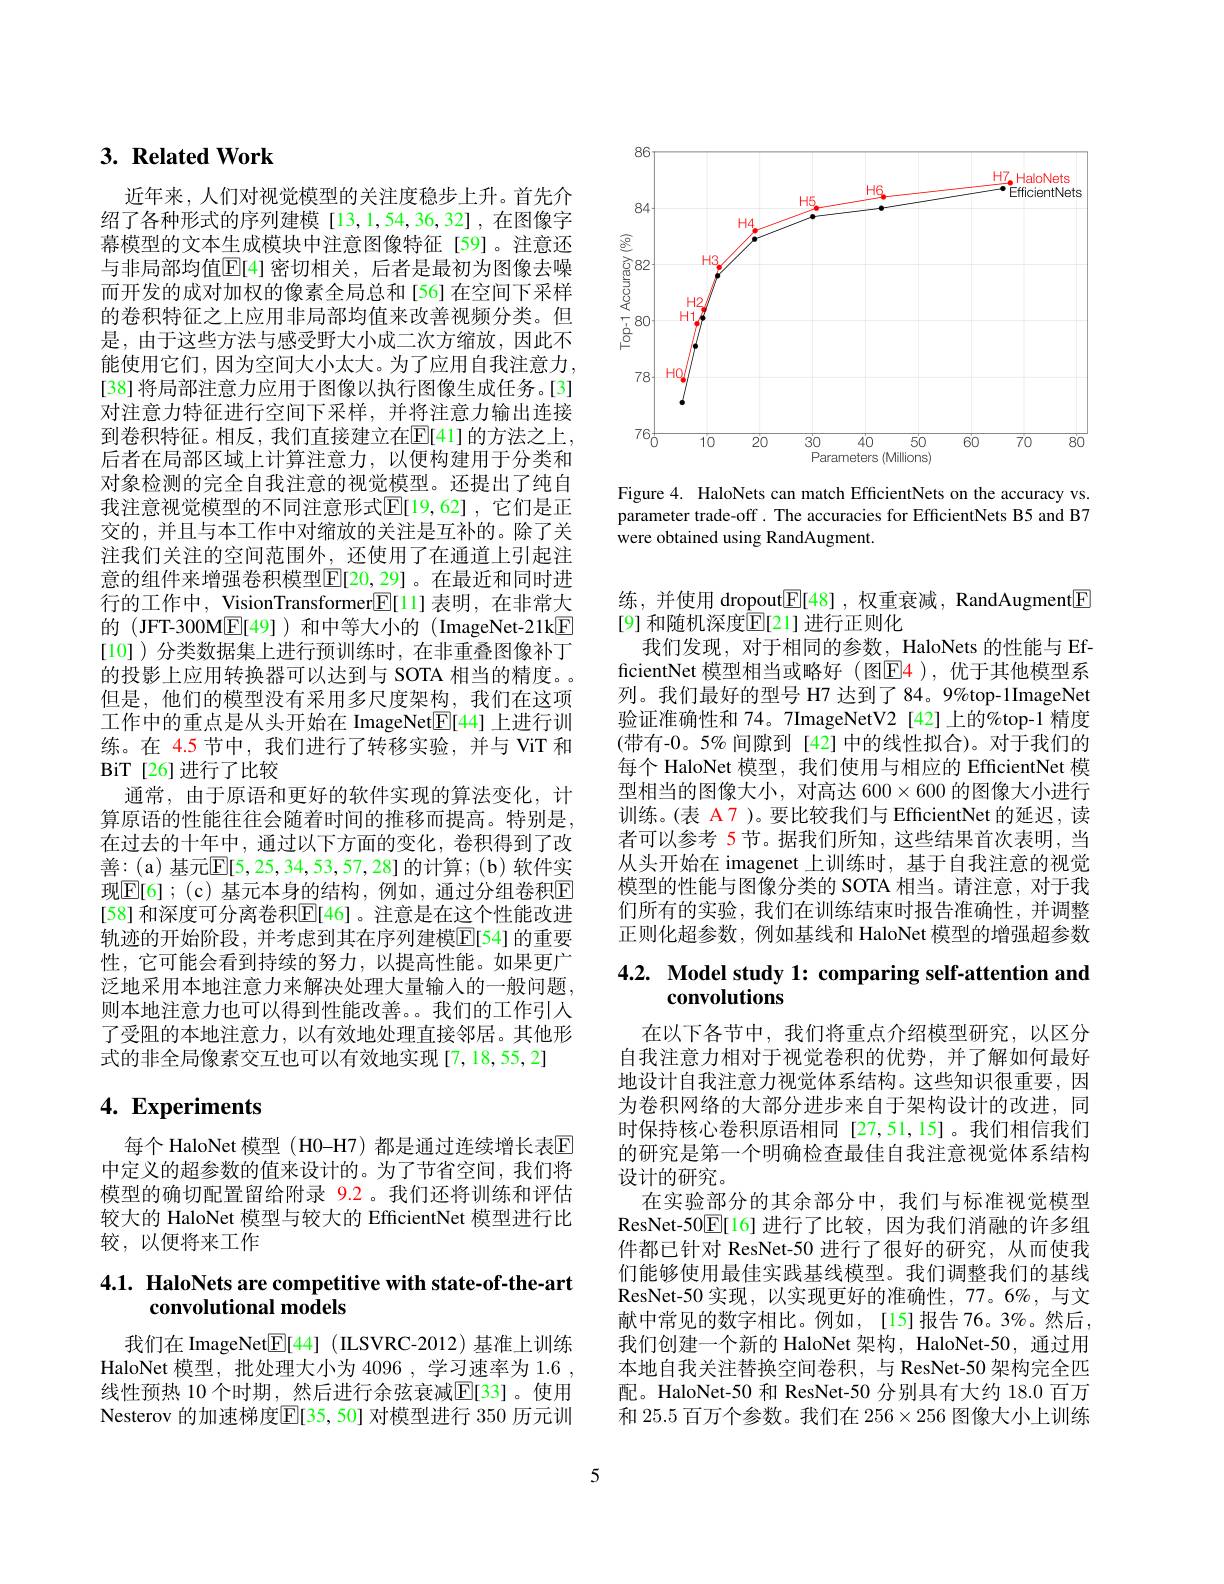
## $3. \textbf{Related Work}$

近年来，人们对视觉模型的关注度稳步上升。首先介绍了各种形式的序列建模[13,1,54,36,32],在图像字幕模型的文本生成模块中注意图像特征[59]。注意还与非局部均值$\mathbb{E}[4]$密切相关，后者是最初为图像去噪而开发的成对加权的像素全局总和[56]在空间下采样的卷积特征之上应用非局部均值来改善视频分类。但是，由于这些方法与感受野大小成二次方缩放，因此不能使用它们，因为空间大小太大。为了应用自我注意力， [38] 将局部注意力应用于图像以执行图像生成任务。[3] 对注意力特征进行空间下采样，并将注意力输出连接到卷积特征。相反，我们直接建立在$\operatorname{E[\text{41]的方法之上}}$, 后者在局部区域上计算注意力，以便构建用于分类和对象检测的完全自我注意的视觉模型。还提出了纯自我注意视觉模型的不同注意形式$\mathbb{E}[19,62]$ ,它们是正交的，并且与本工作中对缩放的关注是互补的。除了关注我们关注的空间范围外，还使用了在通道上引起注意的组件来增强卷积模型$\mathbb{E}[20,29]$。在最近和同时进行的工作中，VisionTransformer$\mathbb{E}[$11]表明，在非常大的(JFT-300M$\underline{\mathrm{E}}[49]$)和中等大小的(ImageNet-21k[F] [10] )分类数据集上进行预训练时，在非重叠图像补丁的投影上应用转换器可以达到与 SOTA 相当的精度。但是，他们的模型没有采用多尺度架构，我们在这项工作中的重点是从头开始在 ImageNet$\underline{\mathrm{E}}[44]$上进行训练。在 4.5 节中，我们进行了转移实验，并与 ViT 和BiT[26]进行了比较
通常，由于原语和更好的软件实现的算法变化，计算原语的性能往往会随着时间的推移而提高。特别是， 在过去的十年中，通过以下方面的变化，卷积得到了改善 : ( a) 基 元 $\mathbb{E} [ 5, 25, 34, 53, 57, 28]$的计算；(b)软件实现$\overline{\mathbb{E}}[6];(\mathfrak{c})$ 基元本身的结构，例如，通过分组卷积$\mathbb{E}$ [58] 和深度可分离卷积$\mathbb{E}[46]$。注意是在这个性能改进轨迹的开始阶段，并考虑到其在序列建模$\boxed{\mathbb{E}}[54]$ 的重要性，它可能会看到持续的努力，以提高性能。如果更广泛地采用本地注意力来解决处理大量输入的一般问题， 则本地注意力也可以得到性能改善。。我们的工作引人了受阻的本地注意力，以有效地处理直接邻居。其他形式的非全局像素交互也可以有效地实现[7,18,55,2]

# 4. Experiments

每个 HaloNet 模型 ( H0-H7) 都是通过连续增长表区中定义的超参数的值来设计的。为了节省空间，我们将模型的确切配置留给附录 9.2。我们还将训练和评估较大的 HaloNet 模型与较大的 EfficientNet 模型进行比较，以便将来工作

# 4.1. HaloNets are competitive with state-of-the-art convolutional models

我们在 ImageNet$\underline{\mathrm{E}}[44]$ (ILSVRC-2012)基准上训练HaloNet 模型，批处理大小为 4096 , 学习速率为 1.6 , 线性预热 10 个时期，然后进行余弦衰减$\mathbb{E}[$33]。使用Nesterov 的加速梯度$\boxed{\mathbb{E}}[35,50]$ 对模型进行 350 历元训

<FigureHere>

Figure 4. HaloNets can match EfficientNets on the accuracy vs. parameter trade-off . The accuracies for EfficientNets B5 and B7 were obtained using RandAugment.

练，并使用 dropout$\underline{\mathbb{E}}[48]$ ,权重衰减，RandAugment$\underline{\mathbb{E}}$
[9] 和随机深度$\mathbb{E}[21]$ 进行正则化
我们发现，对于相同的参数，HaloNets 的性能与 EfficientNet 模型相当或略好 (图$\color{red}{\mathrm{E}}\color{blue}{\mathrm{4}}$ ),优于其他模型系列。我们最好的型号 H7 达到了 84。9%top-1ImageNet 验证准确性和 74。7ImageNetV2[42]上的%top-1 精度(带有-0。5%间隙到[42]中的线性拟合)。对于我们的每个 HaloNet 模型，我们使用与相应的 EfficientNet 模型相当的图像大小，对高达$600\times600$的图像大小进行训练。(表 A 7 )。要比较我们与 EfficientNet 的延迟，读者可以参考 5节。据我们所知，这些结果首次表明，当从头开始在 imagenet 上训练时，基于自我注意的视觉模型的性能与图像分类的 SOTA 相当。请注意，对于我们所有的实验，我们在训练结束时报告准确性，并调整正则化超参数，例如基线和 HaloNet 模型的增强超参数

# 4.2. Model study 1: comparing self-attention and convolutions

在以下各节中，我们将重点介绍模型研究，以区分自我注意力相对于视觉卷积的优势，并了解如何最好地设计自我注意力视觉体系结构。这些知识很重要，因为卷积网络的大部分进步来自于架构设计的改进，同时保持核心卷积原语相同[27,51,15]。我们相信我们的研究是第一个明确检查最佳自我注意视觉体系结构设计的研究。
在实验部分的其余部分中，我们与标准视觉模型ResNet-50$\boxed{\mathbb{F}}[16]$进行了比较，因为我们消融的许多组件都已针对 ResNet-50 进行了很好的研究，从而使我们能够使用最佳实践基线模型。我们调整我们的基线ResNet- 50 实 现 , 以 实 现 更 好 的 准 确 性 , 77。6$\%$, 与文献中常见的数字相比。例如，[15]报告76。3%。然后， 我们创建一个新的 HaloNet 架构，HaloNet-50, 通过用本地自我关注替换空间卷积，与 ResNet-50 架构完全匹配。HaloNet-50 和 ResNet-50 分别具有大约 18.0 百万和 25.5 百万个参数。我们在$256\times256$图像大小上训练

5